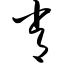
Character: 常